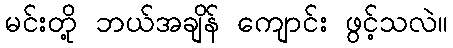
မင်းတို့ ဘယ်အချိန် ကျောင်း ဖွင့်သလဲ။